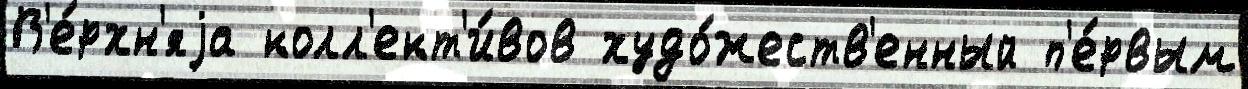
В'е́рхн'яjа колл'ект'и́вов худо́жеств'енный п'е́рвым